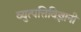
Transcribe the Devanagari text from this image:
व्युत्पत्तिविज्ञानी